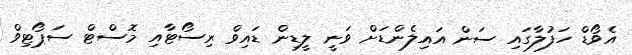
އެވޯޑް ހަފުލާގައި ސަން އައިލެންޑަށް ވަނީ ލީޑިން ޑައިވް ރިސޯޓާއި މޮސްޓް ސަޕޯޓިވް